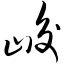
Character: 峻